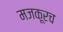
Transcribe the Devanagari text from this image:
मजकूरच